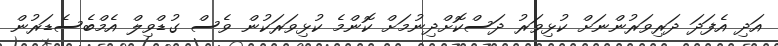
އަދި އެފަދަ ދަރިވަރުންނަށް ކުޅިވަރު ދަސްކޮށްދިނުމަށް ކޮންމެ ކުޅިވަރަކުން ވެސް ގުޑްވިލް އެމްބެސެޑަރުން